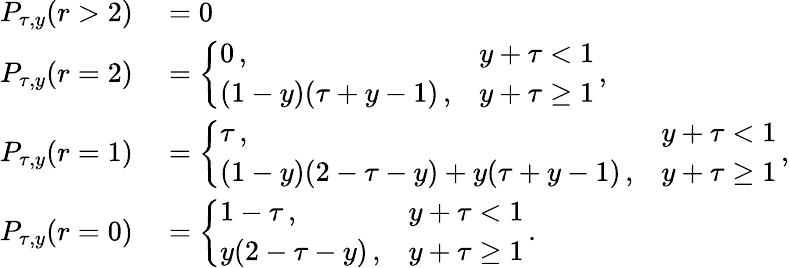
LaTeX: \begin{array}{rl}{P_{\tau,y}(r>2)}&{{}=0}\\ {P_{\tau,y}(r=2)}&{{}=\left\{ \begin{array}{ll}{0\, ,}&{y+\tau<1}\\ {(1-y)(\tau+y-1)\, ,}&{y+\tau\geq 1}\end{array}\right.\, ,}\\ {P_{\tau,y}(r=1)}&{{}=\left\{ \begin{array}{ll}{\tau\, ,}&{y+\tau<1}\\ {(1-y)(2-\tau-y)+y(\tau+y-1)\, ,}&{y+\tau\geq 1}\end{array}\right.\, ,}\\ {P_{\tau,y}(r=0)}&{{}=\left\{ \begin{array}{ll}{1-\tau\, ,}&{y+\tau<1}\\ {y(2-\tau-y)\, ,}&{y+\tau\geq 1}\end{array}\right.\, .}\end{array}